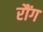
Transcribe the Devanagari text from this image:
रौंग